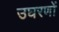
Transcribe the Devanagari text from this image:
उघरणों